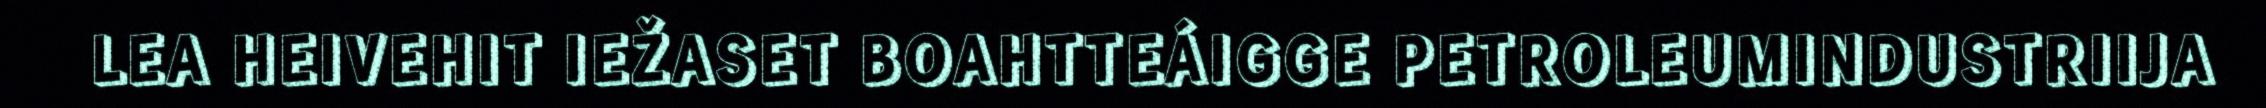
LEA HEIVEHIT IEŽASET BOAHTTEÁIGGE PETROLEUMINDUSTRIIJA